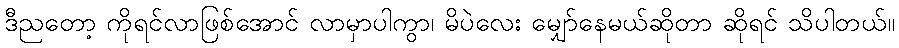
ဒီညတော့ ကိုရင်လာဖြစ်အောင် လာမှာပါကွာ၊ မိပဲလေး မျှော်နေမယ်ဆိုတာ ဆိုရင် သိပါတယ်။